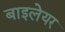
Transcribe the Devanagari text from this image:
बाइलेयर